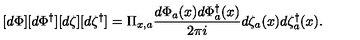
[ d \Phi ] [ d \Phi ^ { \dagger } ] [ d \zeta ] [ d \zeta ^ { \dagger } ] = \Pi _ { x , a } \frac { d \Phi _ { a } ( x ) d \Phi _ { a } ^ { \dagger } ( x ) } { 2 \pi i } d \zeta _ { a } ( x ) d \zeta _ { a } ^ { \dagger } ( x ) .